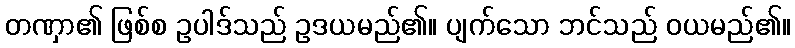
တဏှာ၏ ဖြစ်စ ဥပါဒ်သည် ဥဒယမည်၏။ ပျက်သော ဘင်သည် ဝယမည်၏။